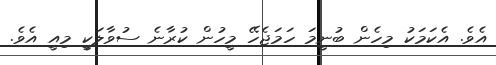
އެވެ. އެކަމަކު މިހެން ބުނީމަ ހަމަޖެހޭ މީހުން ކުރާނެ ސުވާލަކީ މިއީ އެވެ.